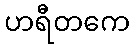
ဟရီတကေ